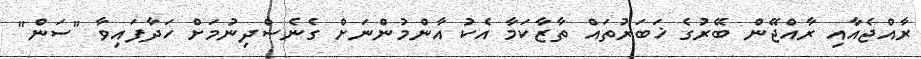
ރާއްޖެއާއި ރާއްޖޭން ބޭރުގެ ޚަބަރުތައް ތާޒާކަމާ އެކު އާންމުންނަށް ގެނެސްދިނުމަށް ހަދާފައިވާ "ސަން"